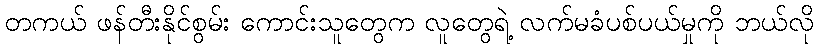
တကယ် ဖန်တီးနိုင်စွမ်း ကောင်းသူတွေက လူတွေရဲ့ လက်မခံပစ်ပယ်မှုကို ဘယ်လို